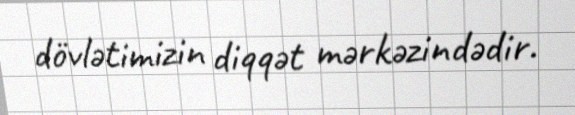
dövlətimizin diqqət mərkəzindədir.